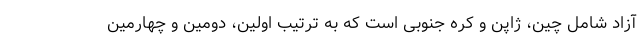
آزاد شامل چین، ژاپن و کره جنوبی است که به ترتیب اولین، دومین و چهارمین